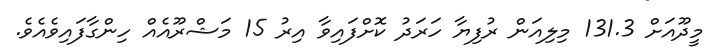
މީދޫއަށް 131.3 މިލިއަން ރުފިޔާ ހަރަދު ކޮށްފައިވާ އިރު 15 މަޝްރޫއެއް ހިންގާފައިވެއެވެ.